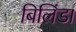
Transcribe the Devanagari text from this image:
बिलिंडा